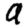
Digit: 9